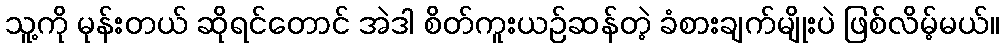
သူ့ကို မုန်းတယ် ဆိုရင်တောင် အဲဒါ စိတ်ကူးယဉ်ဆန်တဲ့ ခံစားချက်မျိုးပဲ ဖြစ်လိမ့်မယ်။